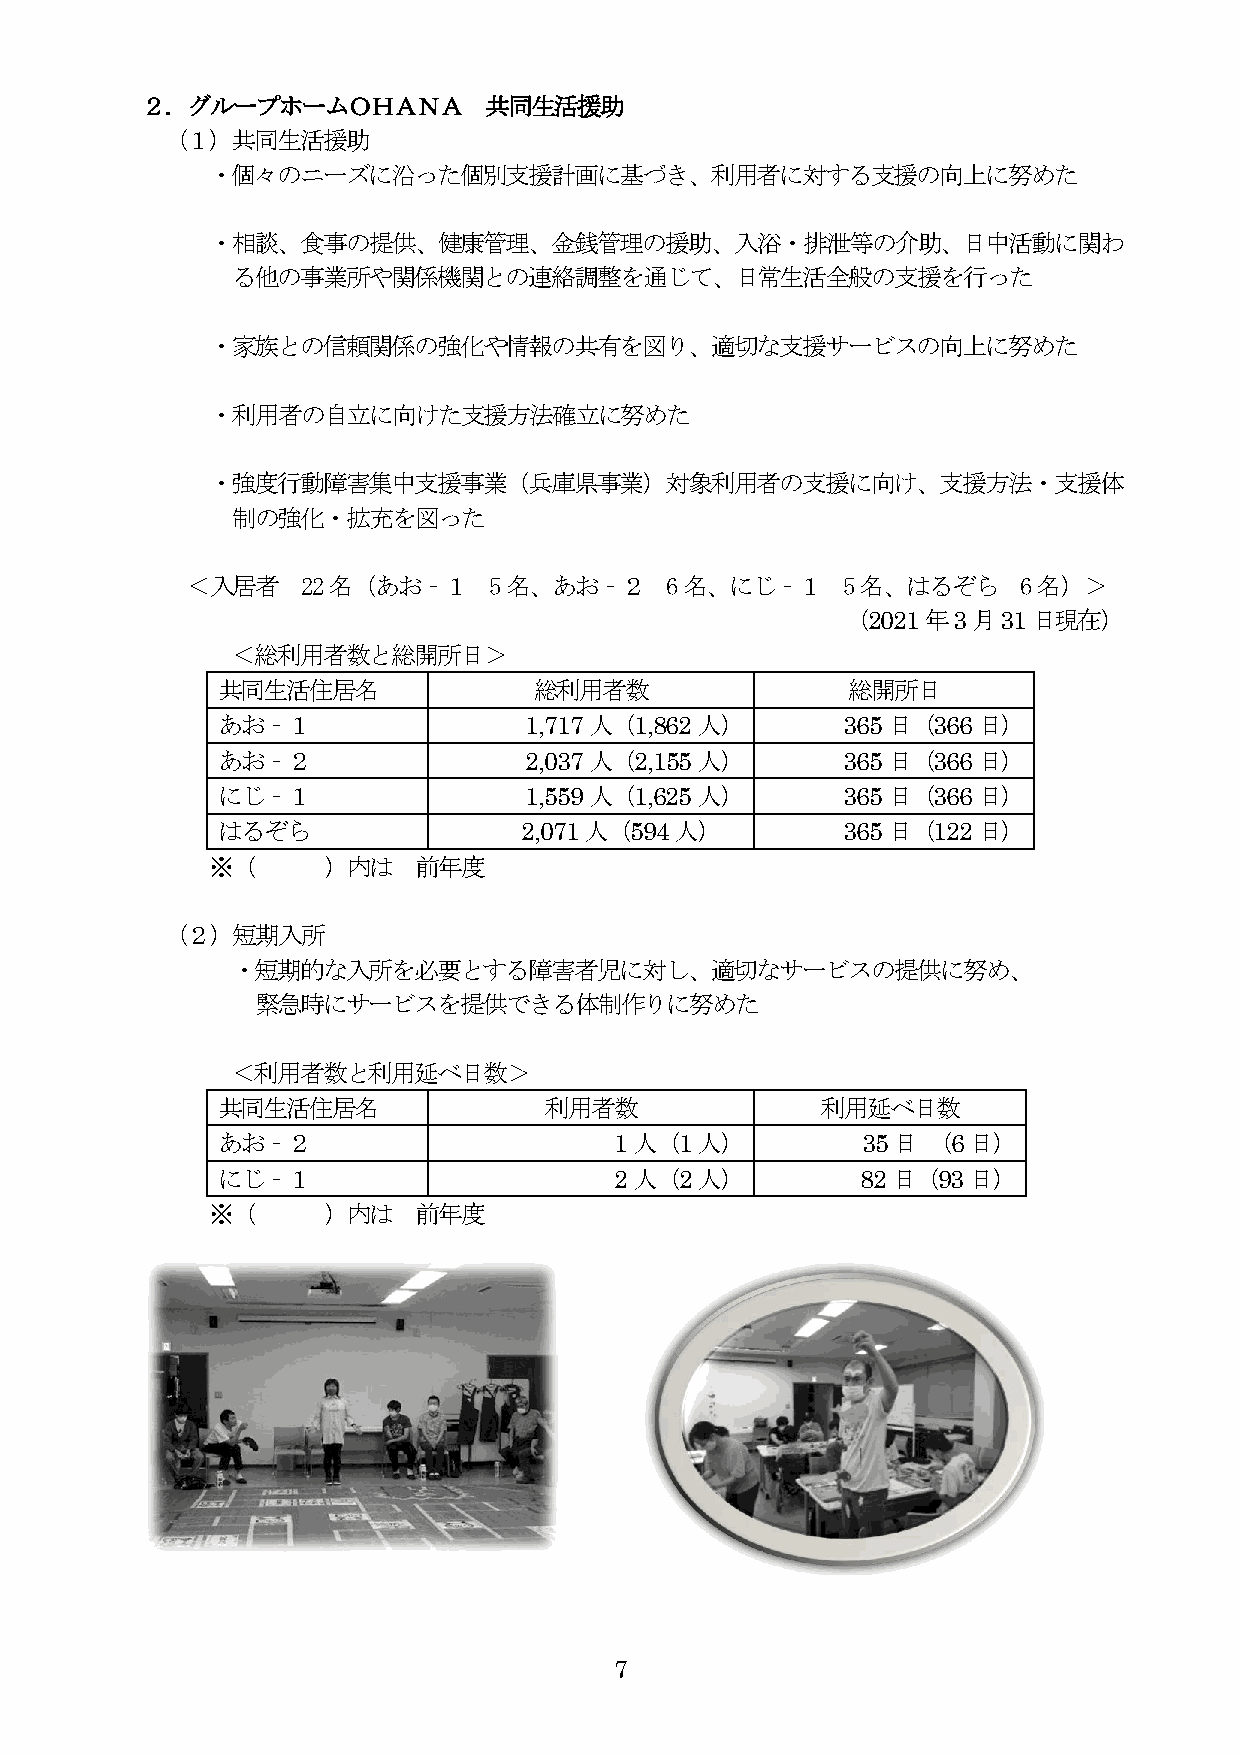
２．グループホームＯＨＡＮＡ         共同生活援助
 （１）共同生活援助
 ・個々のニーズに沿った個別支援計画に基づき、利用者に対する支援の向上に努めた
 ・相談、食事の提供、健康管理、金銭管理の援助、入浴・排泄等の介助、日中活動に関わ
 る他の事業所や関係機関との連絡調整を通じて、日常生活全般の支援を行った
 ・家族との信頼関係の強化や情報の共有を図り、適切な支援サービスの向上に努めた
 ・利用者の自立に向けた支援方法確立に努めた
 ・強度行動障害集中支援事業（兵庫県事業）対象利用者の支援に向け、支援方法・支援体
 制の強化・拡充を図った
 ＜入居者    22名（あお‐１    5名、あお‐２     6名、にじ‐１     5名、はるぞら     6名）＞
 （2021年3月31日現在）
 ＜総利用者数と総開所日＞
 共同生活住居名              総利用者数                総開所日
 あお‐１                 1,717人（1,862人）       365日（366日）
 あお‐２                 2,037人（2,155人）       365日（366日）
 にじ‐１                 1,559人（1,625人）       365日（366日）
 はるぞら                 2,071人（594人）         365日（122日）
 ※（     ）内は   前年度
 （２）短期入所
 ・短期的な入所を必要とする障害者児に対し、適切なサービスの提供に努め、
 緊急時にサービスを提供できる体制作りに努めた
 ＜利用者数と利用延べ日数＞
 共同生活住居名               利用者数              利用延べ日数
 あお‐２                       1人（1人）          35日 （6日）
 にじ‐１                       2人（2人）          82日（93日）
 ※（     ）内は   前年度
 7